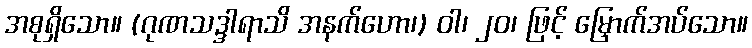
အစုရှိသော။ (ဂုဏသဒ္ဒါရာသိ အနက်ဟော၊) ဝါ၊ ၂၀၊ ဖြင့် မြှောက်အပ်သော။